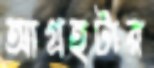
আগ্রহটার